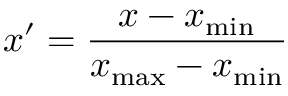
x ^ { \prime } = \frac { x - x _ { \operatorname* { m i n } } } { x _ { \operatorname* { m a x } } - x _ { \operatorname* { m i n } } }